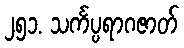
၂၅၁. သင်္ကပ္ပရာဂဇာတ်